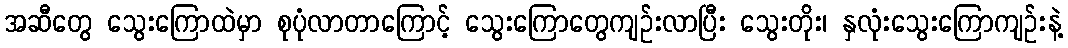
အဆီတွေ သွေးကြောထဲမှာ စုပုံလာတာကြောင့် သွေးကြောတွေကျဉ်းလာပြီး သွေးတိုး၊ နှလုံးသွေးကြောကျဉ်းနဲ့